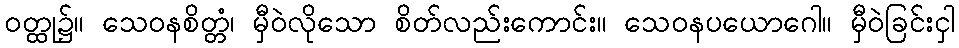
ဝတ္ထု၌။ သေဝနစိတ္တံ၊ မှီဝဲလိုသော စိတ်လည်းကောင်း။ သေဝနပယောဂေါ။ မှီဝဲခြင်းငှါ